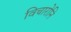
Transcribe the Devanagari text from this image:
विचारोनि